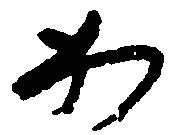
加